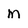
Character: M